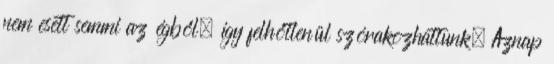
nem esett semmi az égből, így felhőtlenül szórakozhattunk. Aznap